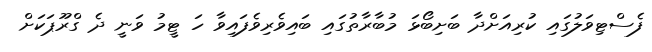
ފެސްޓިވަލުގައި ކުރިއަށްދާ ބަށިބޯޅަ މުބާރާތުގައި ބައިވެރިވެފައިވާ ހަ ޓީމު ވަނީ ދެ ގްރޫޕަކަށް